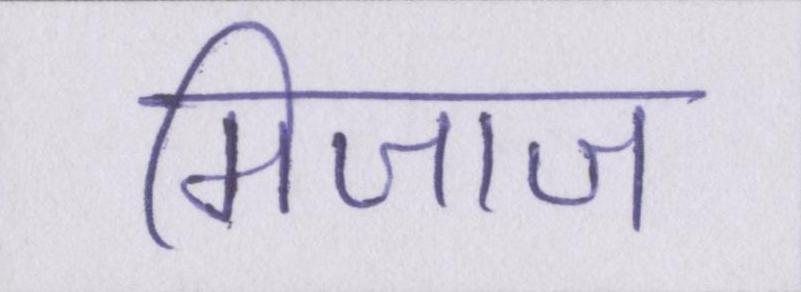
मिजाज